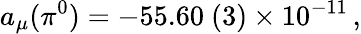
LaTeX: a_{\mu}(\pi^{0})=-55.60~(3)\times 10^{-11}\, ,